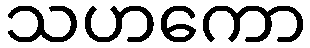
သဟကော